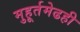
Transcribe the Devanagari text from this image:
मुहूर्तमेढही